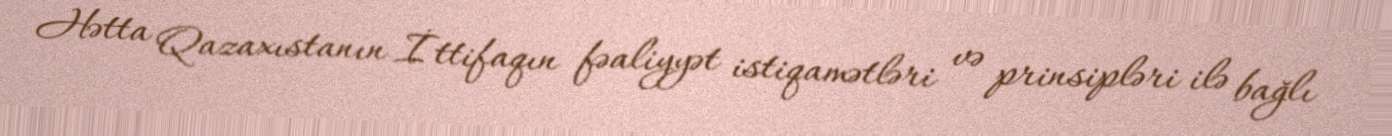
Hətta Qazaxıstanın İttifaqın fəaliyyət istiqamətləri və prinsipləri ilə bağlı